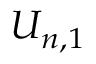
U _ { n , 1 }